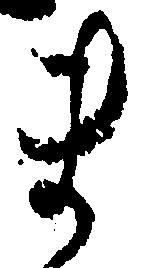
ま